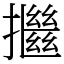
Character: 𢷖